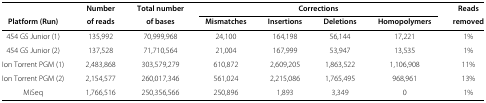
<table><thead><tr><td>[EMPTY_CELL]</td><td><b>Number</b></td><td><b>Total number</b></td><td colspan="4"><b>Corrections</b></td><td><b>Reads</b></td></tr><tr><td><b>Platform (Run)</b></td><td><b>of reads</b></td><td><b>of bases</b></td><td><b>Mismatches</b></td><td><b>Insertions</b></td><td><b>Deletions</b></td><td><b>Homopolymers</b></td><td><b>removed</b></td></tr></thead><tbody><tr><td>454 GS Junior (1)</td><td>135,992</td><td>70,999,968</td><td>24,100</td><td>164,198</td><td>56,144</td><td>17,221</td><td>1%</td></tr><tr><td>454 GS Junior (2)</td><td>137,528</td><td>71,710,564</td><td>21,004</td><td>167,999</td><td>53,947</td><td>13,535</td><td>1%</td></tr><tr><td>Ion Torrent PGM (1)</td><td>2,483,868</td><td>303,579,279</td><td>610,872</td><td>2,609,205</td><td>1,863,522</td><td>1,106,908</td><td>11%</td></tr><tr><td>Ion Torrent PGM (2)</td><td>2,154,577</td><td>260,017,346</td><td>561,024</td><td>2,215,086</td><td>1,765,495</td><td>968,961</td><td>13%</td></tr><tr><td>MiSeq</td><td>1,766,516</td><td>250,356,566</td><td>250,896</td><td>1,893</td><td>3,349</td><td>0</td><td>1%</td></tr></tbody></table>